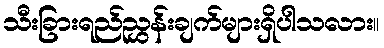
သီးခြားရည်ညွှန်းချက်များရှိပါသလား။